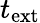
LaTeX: t_{\mathrm{ext}}